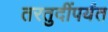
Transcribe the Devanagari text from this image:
तरतुदींपर्यंत